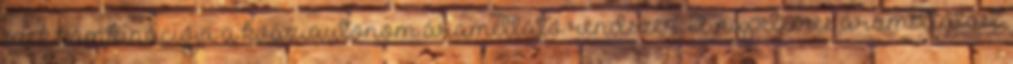
ezek kombinációja a kváziautonom áramellátó rendszer. A napelemes áramellátást